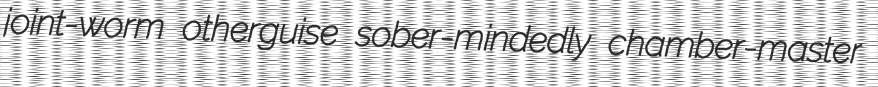
joint-worm otherguise sober-mindedly chamber-master